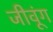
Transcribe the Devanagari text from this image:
जीवूंग